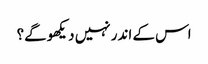
اس کے اندر نہیں دیکھو گے؟